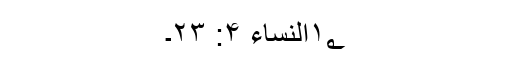
۱؂النساء ۴: ۲۳۔